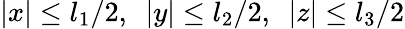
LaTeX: |x|\le l_{1}/2,\ \ |y|\le l_{2}/2,\ \ |z|\le l_{3}/2